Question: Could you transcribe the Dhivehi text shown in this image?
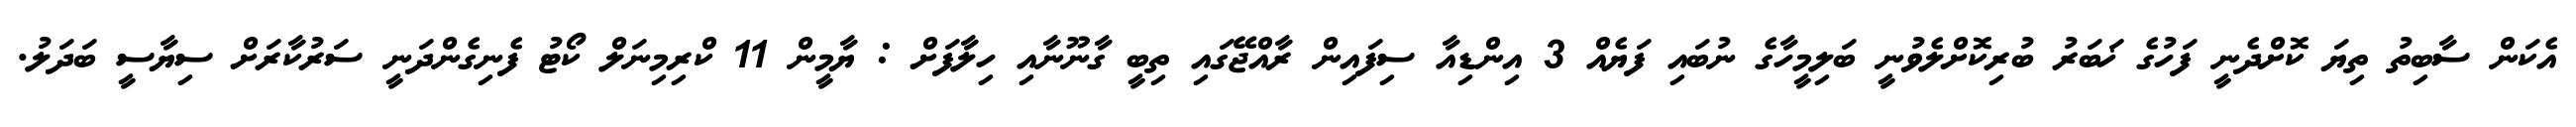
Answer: އެކަން ސާބިތު ތިޔަ ކޮށްދެނީ ފަހުގެ ޚަބަރު ބުރިކޮށްލެވުނީ ބަލިމީހާގެ ނުބައި ފަޔެއް 3 އިންޑިއާ ސިފައިން ރާއްޖޭގައި ތިބީ ގާނޫނާއި ހިލާފަށް : ޔާމީން 11 ކްރިމިނަލް ކޯޓު ފެނިގެންދަނީ ސަރުކާރަށް ސިޔާސީ ބަދަލު.